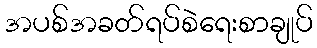
အပစ်အခတ်ရပ်စဲရေးစာချုပ်